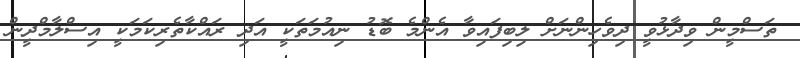
ތަސްމީން ވިދާޅުވީ ދިވެހިންނަށް ލިބިފައިވާ އެންމެ ބޮޑު ނިއުމަތަކީ އަދި ރައްކާތެރިކަމަކީ އިސްލާމްދީން